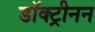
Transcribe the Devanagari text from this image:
डॉक्ट्रीनन